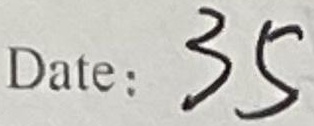
Date:\(35\)